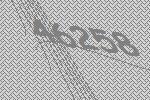
46258